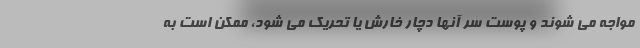
مواجه می شوند و پوست سر آنها دچار خارش یا تحریک می شود، ممکن است به